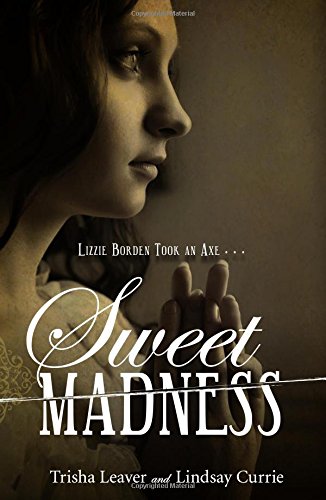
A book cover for Sweet Madness; Trisha Leaver; Teen & Young Adult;